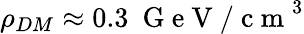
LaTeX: \rho_{DM}\approx 0.3~\mathrm{~G~e~V~/~c~m~}^{3}